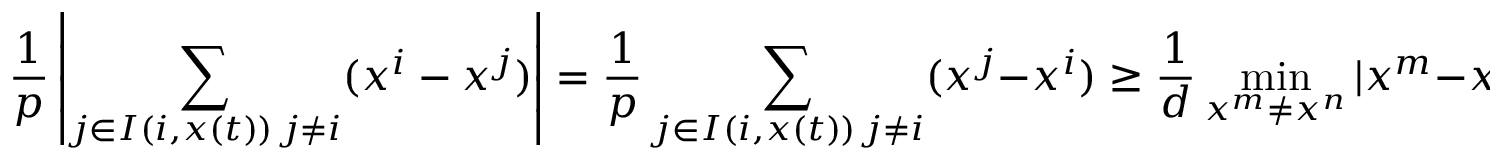
\frac { 1 } { p } \left| \sum _ { \substack { j \in I ( i , x ( t ) ) \, j \neq i } } ( x ^ { i } - x ^ { j } ) \right| = \frac { 1 } { p } \sum _ { \substack { j \in I ( i , x ( t ) ) \, j \neq i } } ( x ^ { j } - x ^ { i } ) \geq \frac { 1 } { d } \operatorname* { m i n } _ { x ^ { m } \neq x ^ { n } } | x ^ { m } - x ^ { n } | \, .